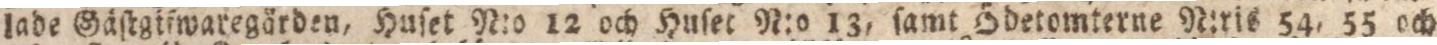
lade Gäſtgifwaregården, Huſet N:o 12 och Huſet N:o 13, ſamt Ödetomterne N:ris 54, 55 och